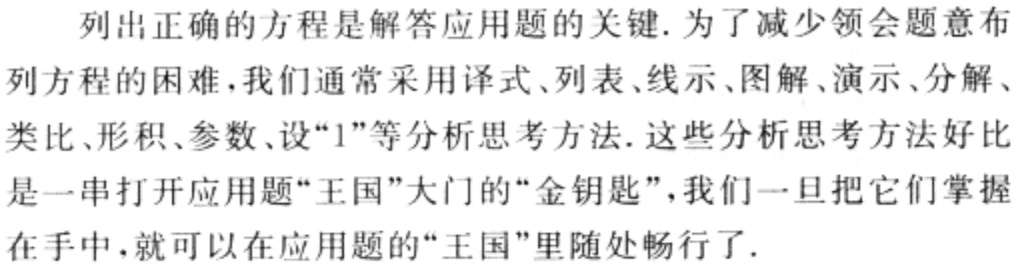
列出正确的方程是解答应用题的关键. 为了减少领会题意布列方程的困难, 我们通常采用译式、列表、线示、图解、演示、分解、类比、形积、参数、设“1”等分析思考方法. 这些分析思考方法好比是一串打开应用题“王国”大门的“金钥匙”，我们一旦把它们掌握在手中，就可以在应用题的“王国”里随处畅行了.